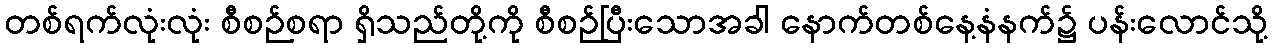
တစ်ရက်လုံးလုံး စီစဉ်စရာ ရှိသည်တို့ကို စီစဉ်ပြီးသောအခါ နောက်တစ်နေ့နံနက်၌ ပန်းလောင်သို့